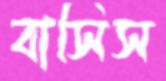
বাসিস